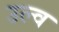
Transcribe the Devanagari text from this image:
उल्व